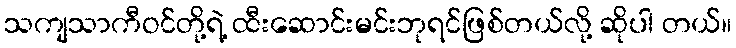
သကျသာကီဝင်တို့ရဲ့ ထီးဆောင်းမင်းဘုရင်ဖြစ်တယ်လို့ ဆိုပါ တယ်။